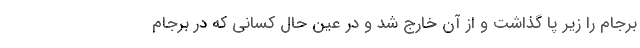
برجام را زیر پا گذاشت و از آن خارج شد و در عین حال کسانی که در برجام